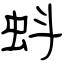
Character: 蚪